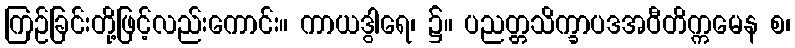
ကြဉ်ခြင်းတို့ဖြင့်လည်းကောင်း။ ကာယဒွါရေ၊ ၌။ ပညတ္တသိက္ခာပဒအဝီတိက္ကမေန စ၊